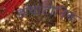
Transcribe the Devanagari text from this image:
डायाटोनिक